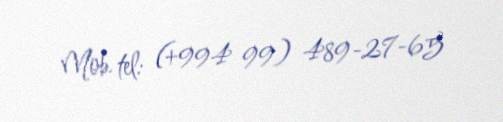
Mob. tel: (+994 99) 489-27-65